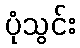
ပုံသွင်း